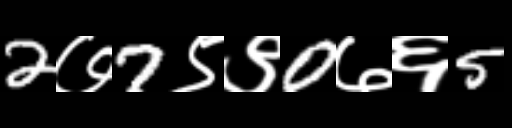
Text: 2७7९९0७६5